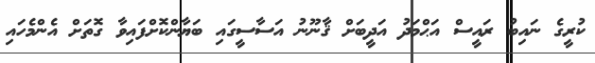
ކުރީގެ ނައިބު ރައީސް އަޙްމަދު އަދީބަށް ޤާނޫނު އަސާސީގައި ބަޔާންކޮށްފައިވާ ގޮތަށް އެންމެހައި